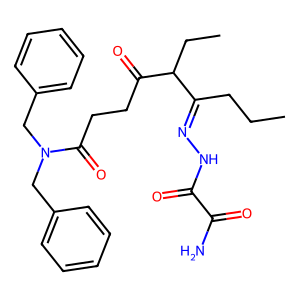
SMILES: CCCC(=NNC(=O)C(N)=O)C(CC)C(=O)CCC(=O)N(Cc1ccccc1)Cc1ccccc1
Inhibits HIV replication: No